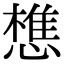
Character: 𢡫